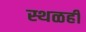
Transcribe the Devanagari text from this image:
स्थळही